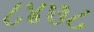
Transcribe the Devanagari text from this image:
८४७८